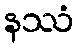
နဿံ